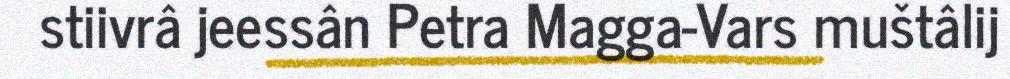
stiivrâ jeessân Petra Magga-Vars muštâlij